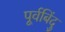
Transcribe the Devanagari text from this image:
पूर्वबिंदु